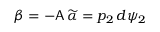
\beta = - \mathsf { A } \, \widetilde { \alpha } = p _ { 2 } \, d \psi _ { 2 }